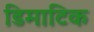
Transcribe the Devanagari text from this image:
डिमाटिक